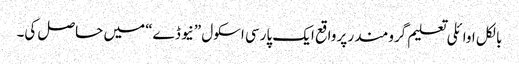
بالکل اوائلی تعلیم گرومندر پر واقع ایک پارسی اسکول ”نیو ڈے“ میں حاصل کی۔